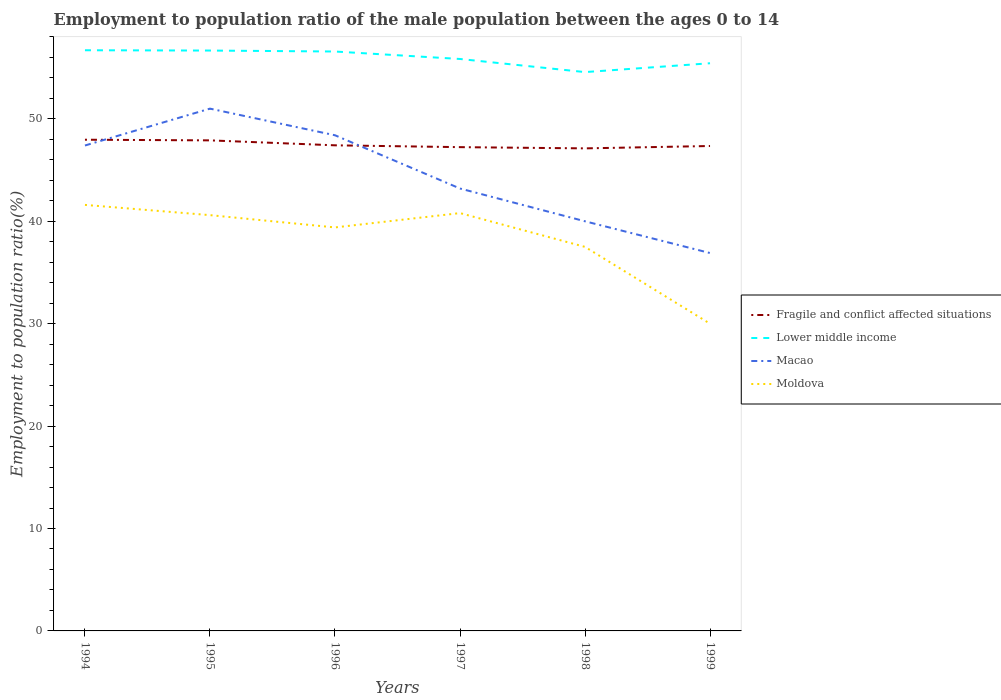
| Years | Fragile and conflict affected situations | Lower middle income | Macao | Moldova |
 | --- | --- | --- | --- | --- |
 | 1994 | 48 | 56.7 | 47.4 | 41.6 |
 | 1995 | 47.9 | 56.7 | 51 | 40.6 |
 | 1996 | 47.4 | 56.6 | 48.4 | 39.4 |
 | 1997 | 47.2 | 55.8 | 43.2 | 40.8 |
 | 1998 | 47.1 | 54.6 | 40 | 37.5 |
 | 1999 | 47.4 | 55.4 | 36.9 | 30 |